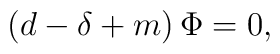
\left( d-\delta +m\right) \Phi =0 ,